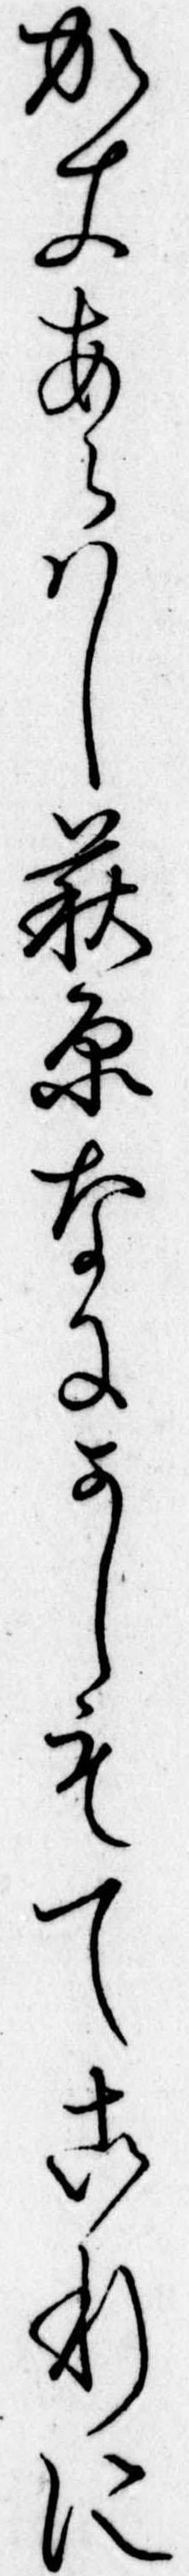
かきあらはし萩原なにかしもてこれに